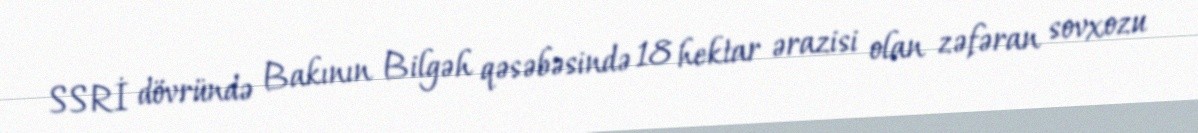
SSRİ dövründə Bakının Bilgəh qəsəbəsində 18 hektar ərazisi olan zəfəran sovxozu